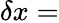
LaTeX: \delta x=